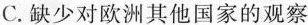
C.缺少对欧洲其他国家的观察